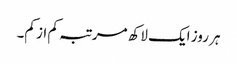
ہر روز ایک لاکھ مرتبہ کم از کم۔